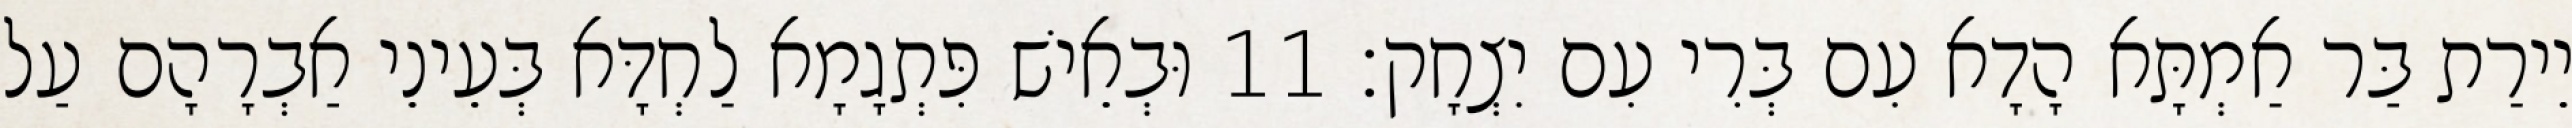
יֵירַת בַּר אַמְתָּא הָדָא עִם בְּרִי עִם יִצְחָק׃ 11 וּבְאֵישׁ פִּתְגָמָא לַחְדָּא בְּעֵינֵי אַבְרָהָם עַל